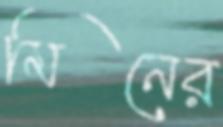
মিনের